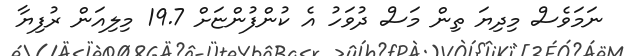
ނަމަވެސް މިދިޔަ ތިން މަސް ދުވަހު އެ ކުންފުންޏަށް 19.7 މިލިއަން ރުފިޔާ